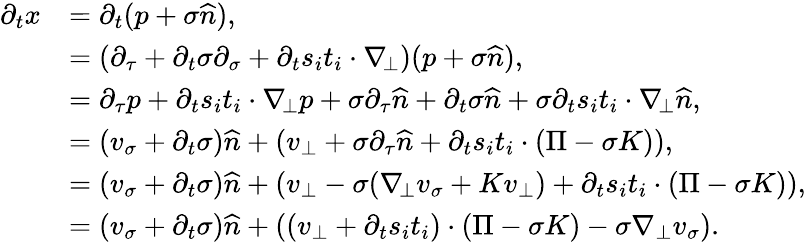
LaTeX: \begin{array}{rl}{\partial_{t}x}&{=\partial_{t}(p+\sigma\widehat{n}),}\\ &{=(\partial_{\tau}+\partial_{t}\sigma\partial_{\sigma}+\partial_{t}s_{i}t_{i}\cdot\nabla_{\! \bot})(p+\sigma\widehat{n}),}\\ &{=\partial_{\tau}p+\partial_{t}s_{i}t_{i}\cdot\nabla_{\! \bot}p+\sigma\partial_{\tau}\widehat{n}+\partial_{t}\sigma\widehat{n}+\sigma\partial_{t}s_{i}t_{i}\cdot\nabla_{\! \bot}\widehat{n},}\\ &{=(v_{\sigma}+\partial_{t}\sigma)\widehat{n}+(v_{\bot}+\sigma\partial_{\tau}\widehat{n}+\partial_{t}s_{i}t_{i}\cdot(\Pi-\sigma K)),}\\ &{=(v_{\sigma}+\partial_{t}\sigma)\widehat{n}+(v_{\bot}-\sigma(\nabla_{\! \bot}v_{\sigma}+Kv_{\bot})+\partial_{t}s_{i}t_{i}\cdot(\Pi-\sigma K)),}\\ &{=(v_{\sigma}+\partial_{t}\sigma)\widehat{n}+((v_{\bot}+\partial_{t}s_{i}t_{i})\cdot(\Pi-\sigma K)-\sigma\nabla_{\bot}v_{\sigma}).}\end{array}